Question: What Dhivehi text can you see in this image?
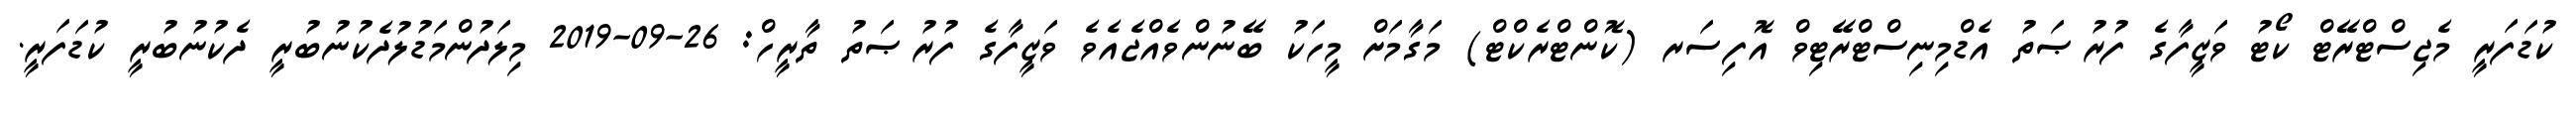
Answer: ކުޑަފަރީ މެޖިސްޓްރޭޓް ކޯޓު ވަޒީފާގެ ފުރުޞަތު އެޑްމިނިސްޓްރޭޓިވް އޮފިސަރ (ކޮންޓްރެކްޓް) މަގާމަށް މީހަކު ބޭނުންވެއްޖެއެވެ ވަޒީފާގެ ފުރުޞަތު ތާރީހް: 26-09-2019 މިލަދުންމަޑުލުދެކުނުބުރީ ދެކުނުބުރީ ކުޑަފަރީ.